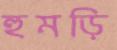
হুমড়ি